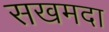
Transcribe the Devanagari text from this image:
सखमदा